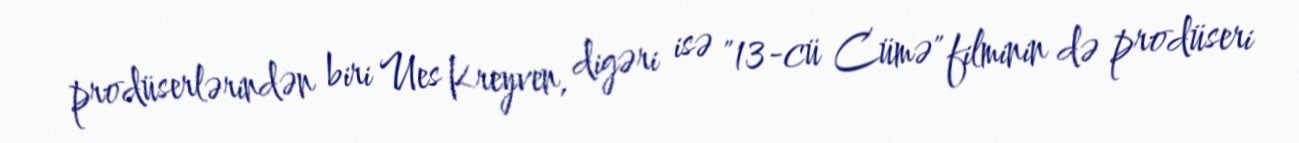
prodüserlərindən biri Ues Kreyven, digəri isə "13-cü Cümə" filminin də prodüseri